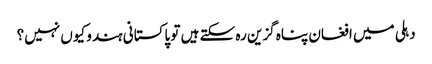
دہلی میں افغان پناہ گزین رہ سکتے ہیں تو پاکستانی ہندو کیوں نہیں؟